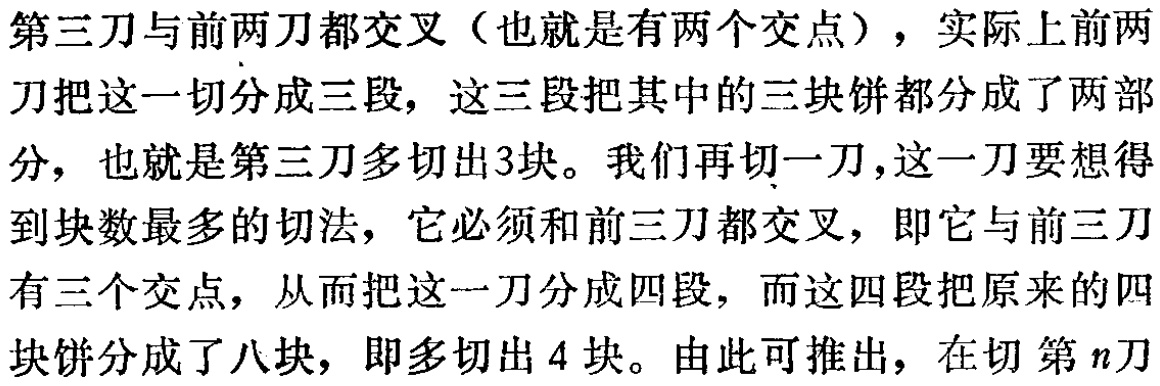
第三刀与前两刀都交叉（也就是有两个交点），实际上前两刀把这一切分成三段，这三段把其中的三块饼都分成了两部分，也就是第三刀多切出3块。我们再切一刀，这一刀要想得到块数最多的切法，它必须和前三刀都交叉，即它与前三刀有三个交点，从而把这一刀分成四段，而这四段把原来的四块饼分成了八块，即多切出4块。由此可推出，在切第\(n\)刀